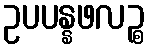
ဥပပန္နဖလဉ္စ